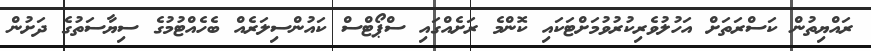
ރައްޔިތުން ކަސްރަތަށް އަހުލުވެރިކުރުވުމަށްޓަކައި ކޮންމެ ރަށެއްގައި ސްޕޯޓްސް ކައުންސިލަރެއް ބެހެއްޓުމުގެ ސިޔާސަތުގެ ދަށުން